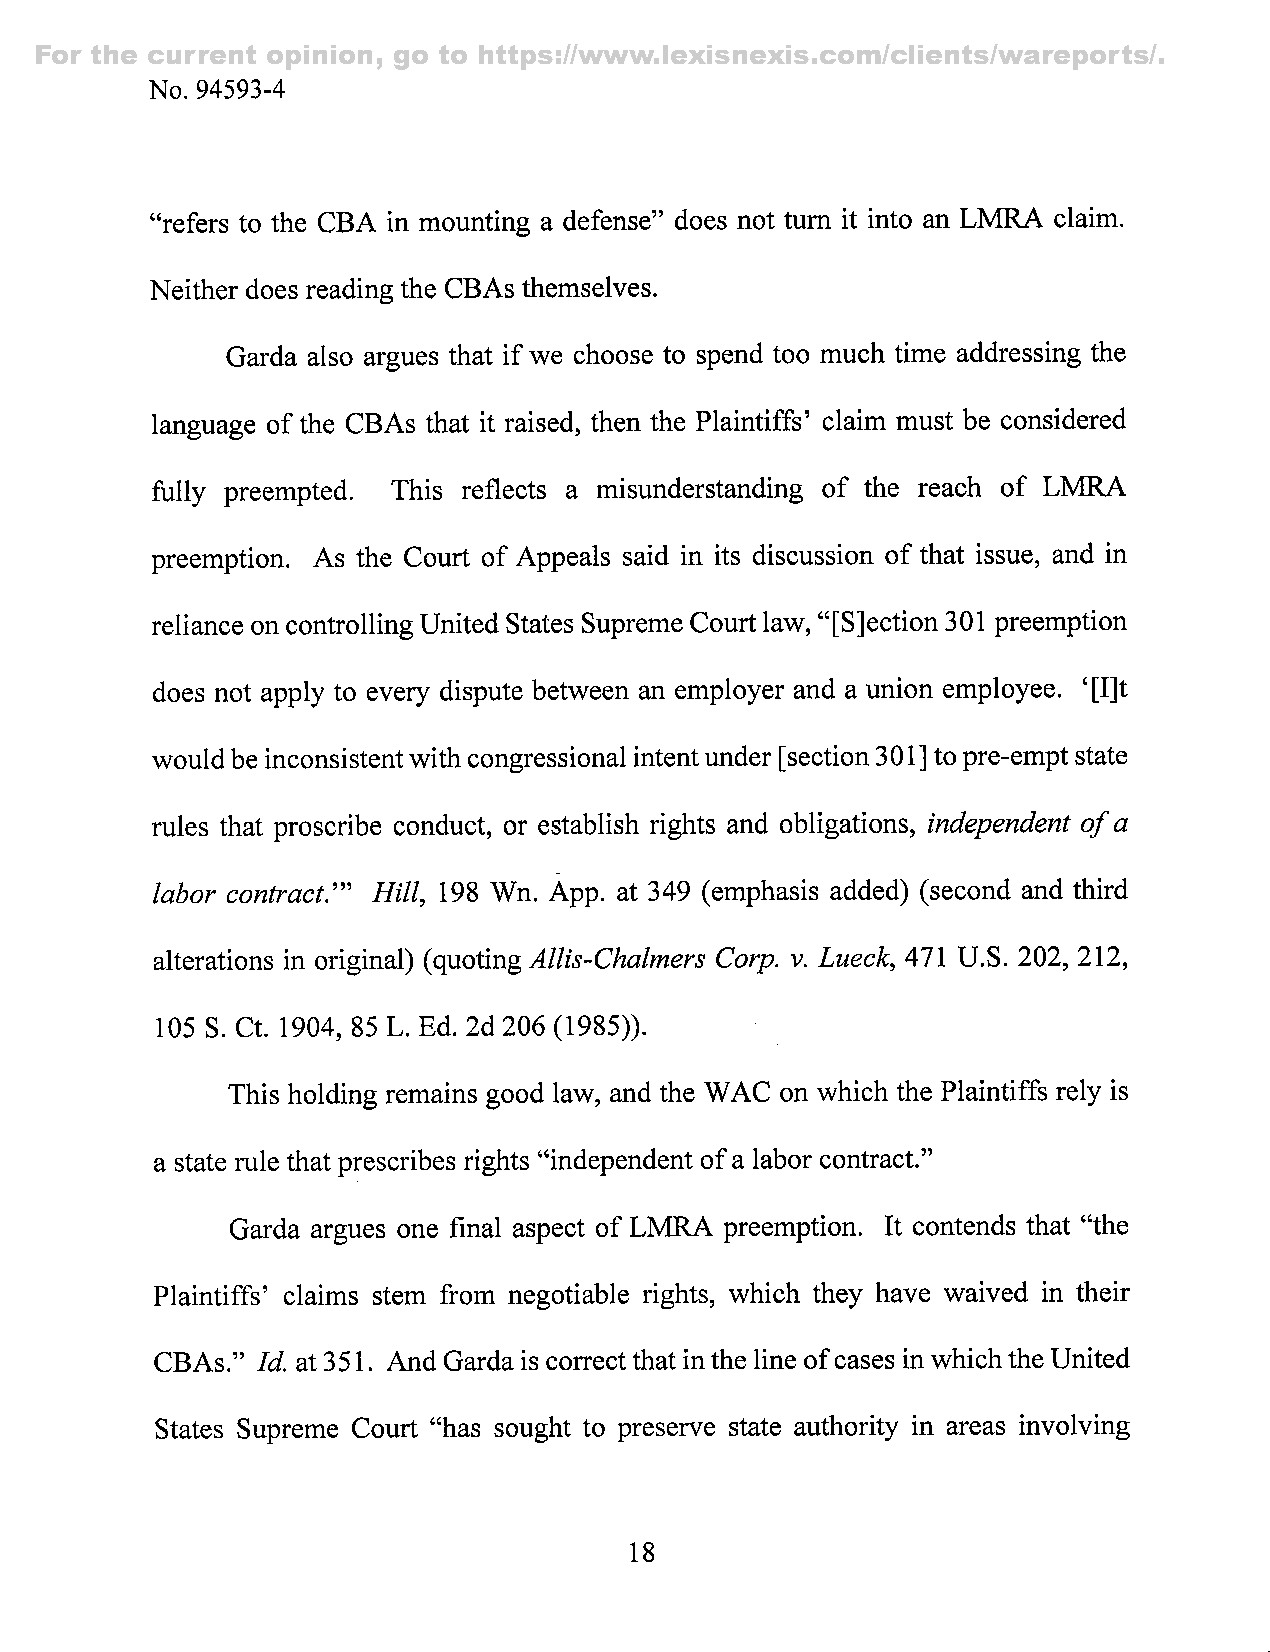
For the current opinion, go to https://www.lexisnexis.com/clients/wareports/.
 No. 94593-4
 "refers to the CBA in mounting a defense" does not turn it into an LMRA claim.
 Neither does reading the CBAs themselves.
 Garda also argues that if we choose to spend too much time addressing the
 language of the CBAs that it raised, then the Plaintiffs' claim must be considered
 fully preempted. This reflects a misunderstanding of the reach of LMRA
 preemption. As the Court of Appeals said in its discussion of that issue, and in
 reliance on controlling United States Supreme Court law," [SJection 301 preemption
 does not apply to every dispute between an employer and a union employee. '[I]t
 would be inconsistent with congressional intent under [section 301]t o pre-empt state
 rules that proscribe conduct, or establish rights and obligations, independent of a
 labor contract."' Hill, 198 Wn. App. at 349 (emphasis added)( second and third
 alterations in original) {o^oting Allis-Chalmers Corp. v. Lueck, 471 U.S. 202, 212,
 105 S. Ct. 1904, 85 L. Ed. 2d 206 (1985)).
 This holding remains good law, and the WAC on which the Plaintiffs rely is
 a state rule that prescribes rights "independent of a labor contract."
 Garda argues one final aspect of LMRA preemption. It contends that "the
 Plaintiffs' claims stem from negotiable rights, which they have waived in their
 CBAs." M  at 351. And Garda is correct that in the line of cases in which the United
 States Supreme Court "has sought to preserve state authority in areas involving
 18